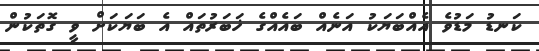
ކަނޑު މަޑުވެ އެއްބަޔަކު އަނެއް ބައެއްގެ ޚަބަރުތައް އެ ބަޔަކަށް ވީ ގޮތަކުން